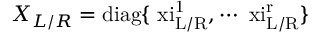
X _ { L / R } = \mathrm { d i a g \lbrace \ x i _ { L / R } ^ { 1 } , \cdots \ x i _ { L / R } ^ { r } \rbrace }